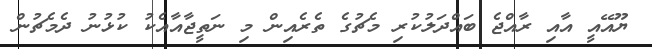
ޔޫއޭއީ އާއި ރާއްޖެ ބައްދަލުކުރި މެޗުގެ ތެރެއިން މި ނަތީޖާއާއެކު ކުޅުނު ދެމެޗުން